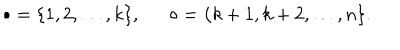
\bullet = \{ 1 , 2 , \ldots , k \} , \circ = \{ k + 1 , k + 2 , \ldots , n \} .